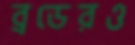
ব্রডেরও